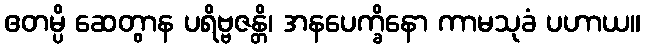
ဧတမ္ပိ ဆေတွာန ပရိဗ္ဗဇန္တိ၊ အနပေက္ခိနော ကာမသုခံ ပဟာယ။